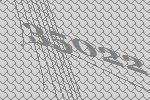
35022